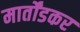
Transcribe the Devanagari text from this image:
मार्तोंडकर